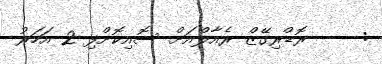
:     ރޮޑްރިގޭޒް ރެއާލްއަށް ސޮއިކޮށްފި 2 އަހަރު